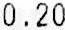
0.20